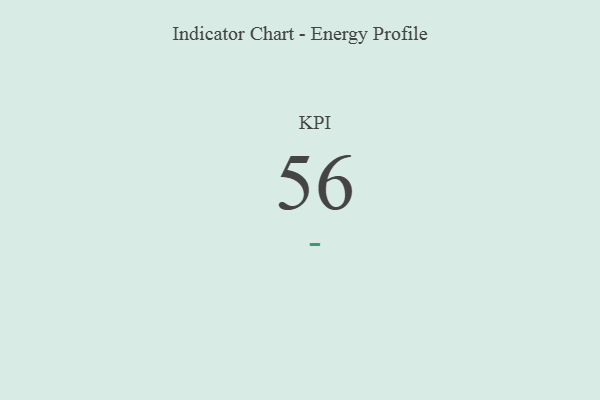
{"axis": {"x": "KPI", "y": "Value"}, "legend": [""], "data": [{"x": "KPI", "y": 56, "type": ""}]}